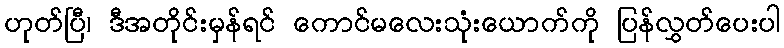
ဟုတ်ပြီ၊ ဒီအတိုင်းမှန်ရင် ကောင်မလေးသုံးယောက်ကို ပြန်လွှတ်ပေးပါ